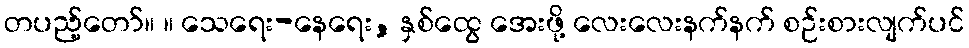
တပည့်တော်။ ။ သေရေး-နေရေး, နှစ်ထွေ အေးဖို့ လေးလေးနက်နက် စဉ်းစားလျက်ပင်